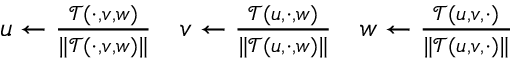
\begin{array} { r } { u \leftarrow \frac { { \mathcal { T } } ( \cdot , v , w ) } { \Vert { \mathcal { T } } ( \cdot , v , w ) \Vert } \quad v \leftarrow \frac { { \mathcal { T } } ( u , \cdot , w ) } { \Vert { \mathcal { T } } ( u , \cdot , w ) \Vert } \quad w \leftarrow \frac { { \mathcal { T } } ( u , v , \cdot ) } { \Vert { \mathcal { T } } ( u , v , \cdot ) \Vert } } \end{array}